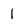
Character: 1